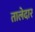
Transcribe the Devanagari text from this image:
तालेदार